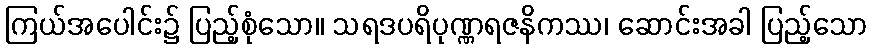
ကြယ်အပေါင်း၌ ပြည့်စုံသော။ သရဒပရိပုဏ္ဏရဇနိကဿ၊ ဆောင်းအခါ ပြည့်သော